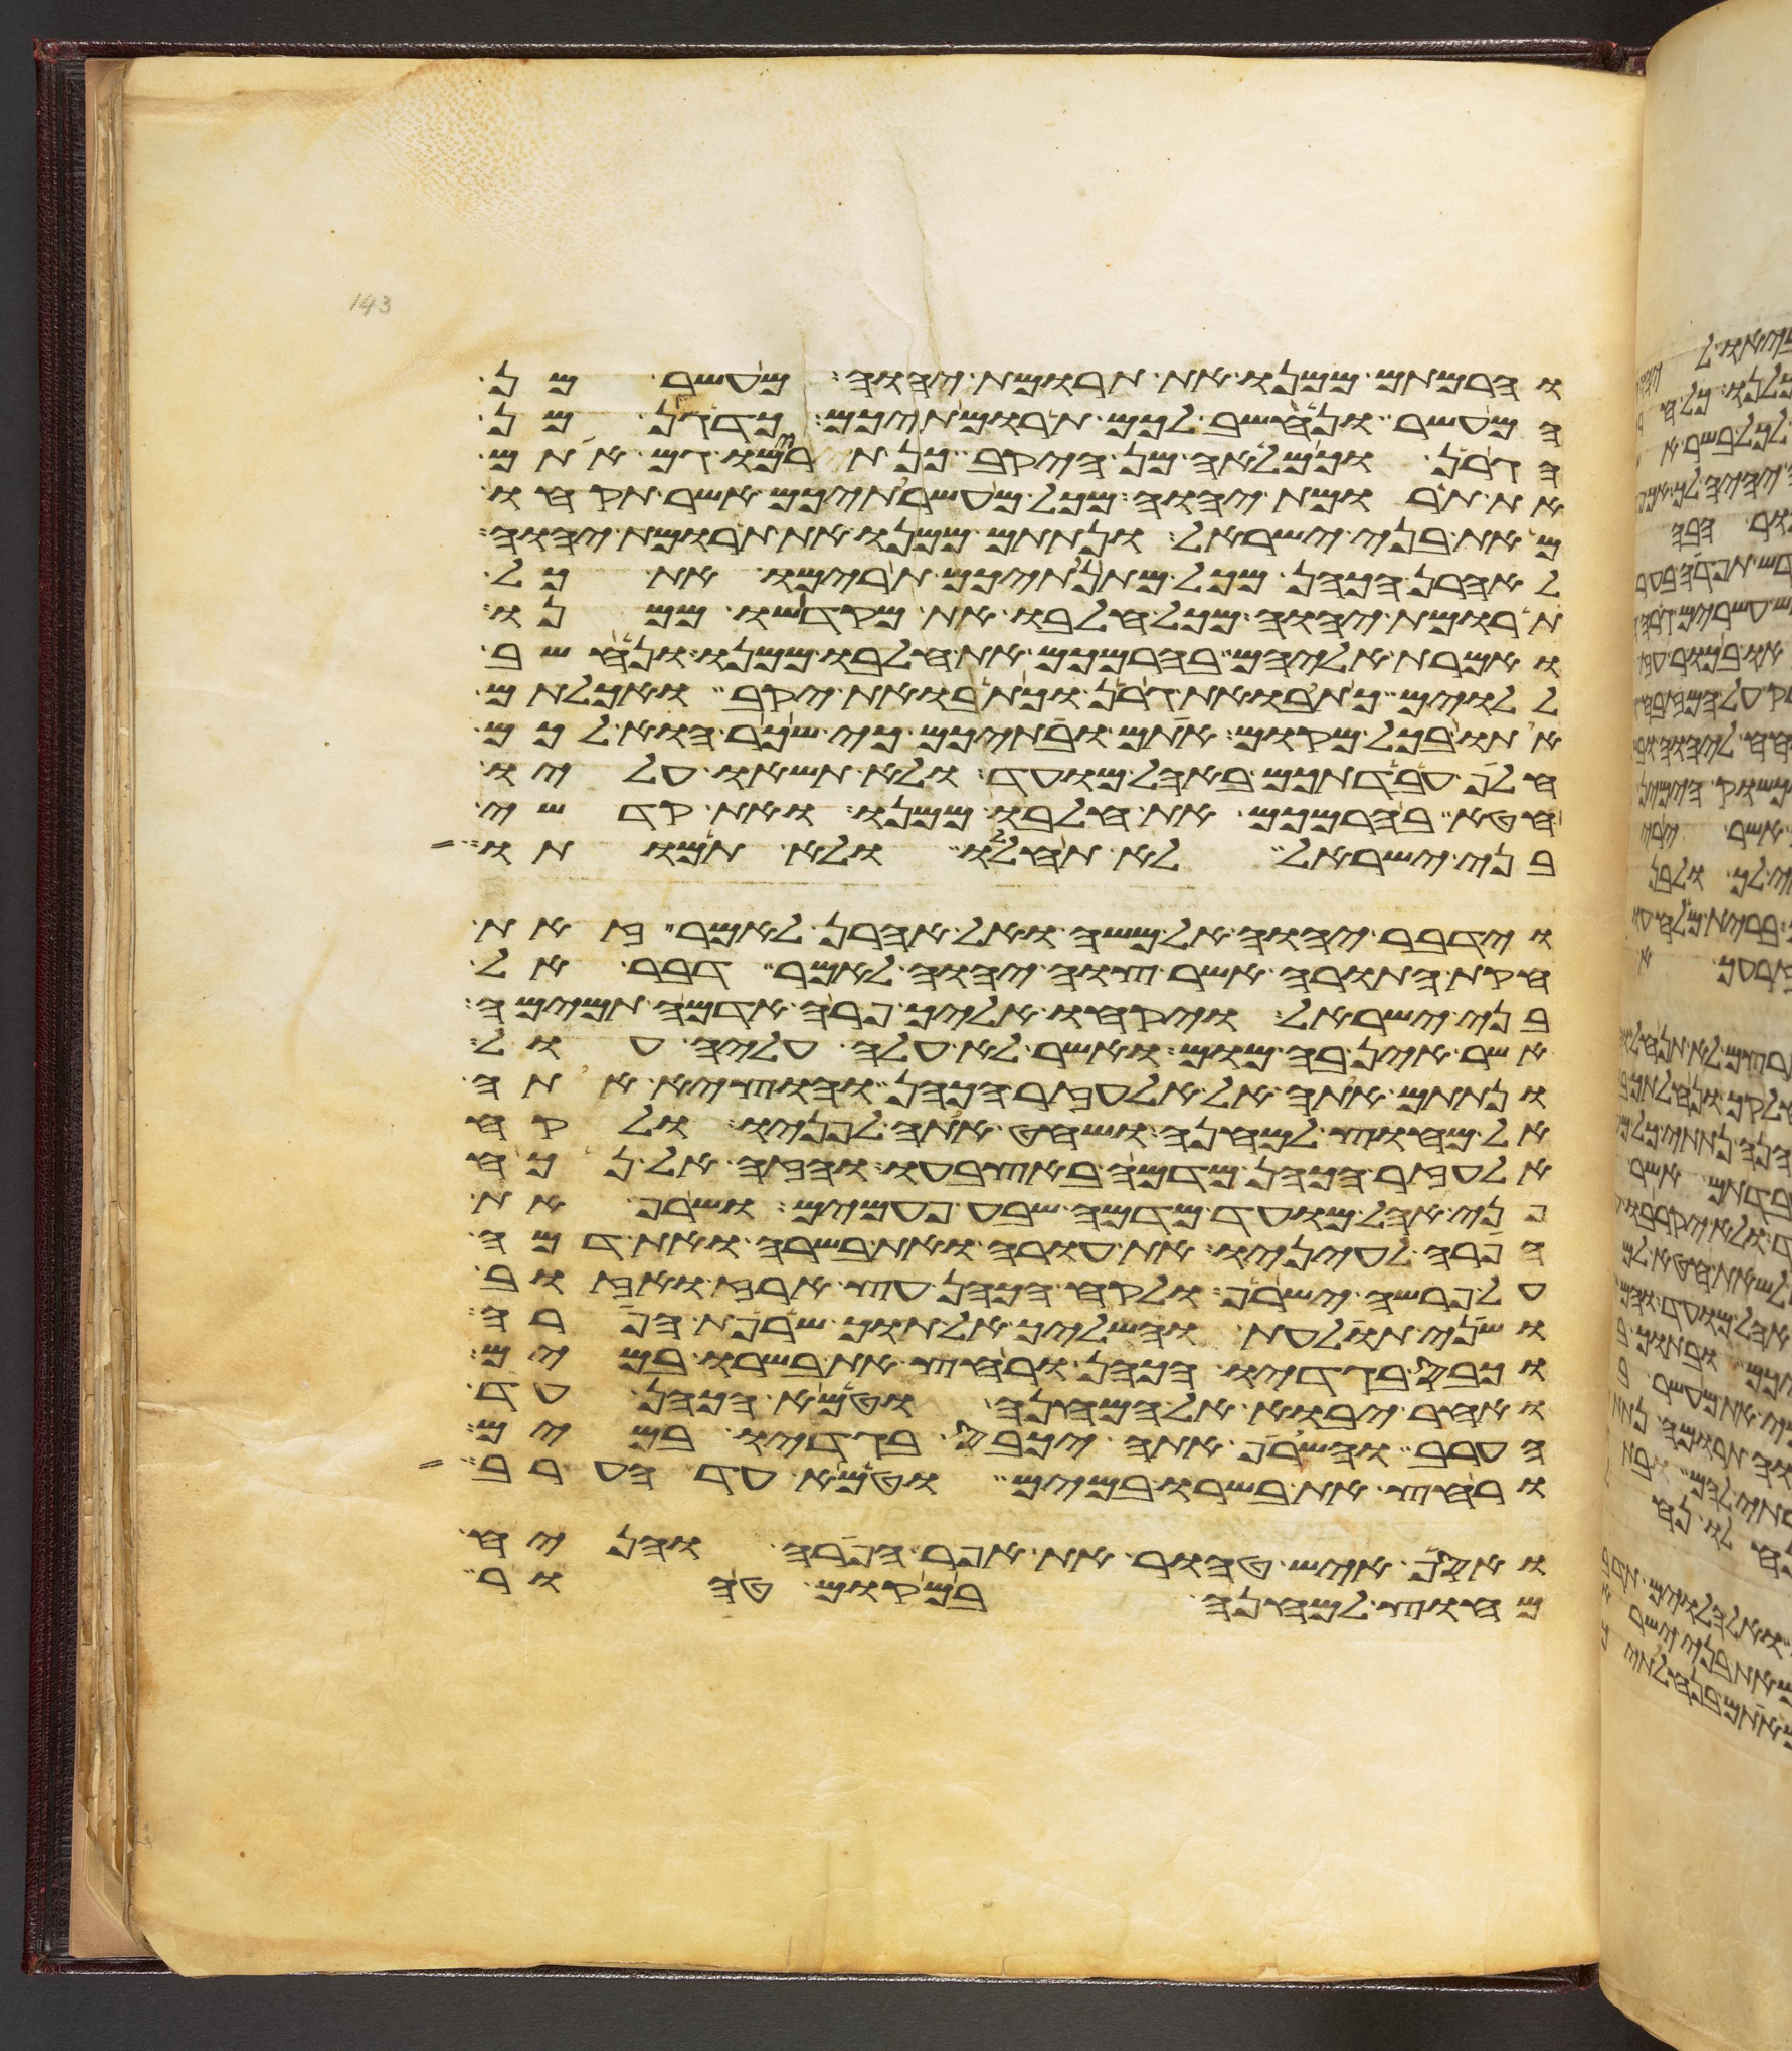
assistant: והרמתם ממנו את תרומת יהוה מעשר מן
המעשר ונחשב לכם תרומתיכם כדגן מן
הגרן וכמלאה מן היקב כן תרימו גם אתם
את תרומת יהוה מכל מעשרתיכם אשר תקחו
מאת בני ישראל ונתתם ממנו את תרומת יהוה
לאהרן הכהן מכל מתנתיכם תרימו את כל
תרומת יהוה מכל חלבו את מקדשו ממנו
ואמרת אליהם בהרמכם את חלבו ממנו ונחשב
ללוים כתבואת גרן וכתבואת יקב ואכלתם
אתו בכל מקום אתם ובתיכם כי שכר הוא לכם
חלף עבדתכם באהל מועד ולא תשאו עליו
חטא בהרמכם את חלבו ממנו ואת קדשי
בני ישראל לא תחללו ולא תמותו
וידבר יהוה אל משה ואל אהרן לאמר זאת
חקות התורה אשר צוה יהוה לאמר דבר אל
בני ישראל ויקחו אליך פרה אדמה תמימה
אשר אין בה מום ואשר לא עלה עליה עול
ונתתם אתה אל אלעזר הכהן והוציא אתה
אל מחוץ למחנה ושחט אתה לפניו ולקח
אלעזר הכהן מדמה באצבעו והזה אל נכח
פני אהל מועד מדמה שבע פעמים ושרף את
הפרה לעיניו את עורה ואת בשרה ואת דמה
על פרשה ישרף ולקח הכהן עץ ארז ואזוב
ושני תולעת והשליך אל תוך שרפת הפרה
וכבס בגדיו הכהן ורחץ את בשרו במים
ואחר יבוא אל המחנה וטמא הכהן עד
הערב והשרף אתה יכבס בגדיו במים
ורחץ את בשרו במים וטמא עד הערב
ואסף איש טהור את אפר הפרה והניח
מחוץ למחנה במקום טהור